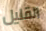
القليل